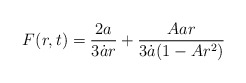
\begin{align*}F(r,t) = \frac{2a}{3\dot{a}r} + \frac{Aar}{3\dot{a}(1-Ar^2)}\end{align*}